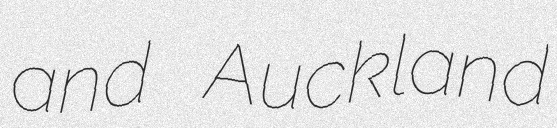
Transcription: and Auckland